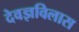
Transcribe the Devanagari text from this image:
देवज्ञविलास